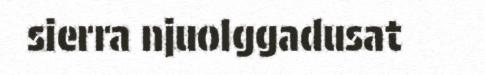
sierra njuolggadusat